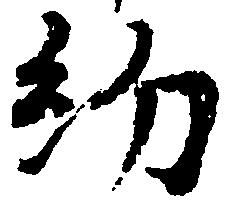
約